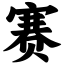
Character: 赛